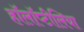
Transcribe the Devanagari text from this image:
हॉलॉप्टीलिया